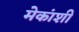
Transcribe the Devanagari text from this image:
मेकांशी